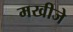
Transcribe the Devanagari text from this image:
मखीजे